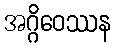
အဂ္ဂိဝေဿန